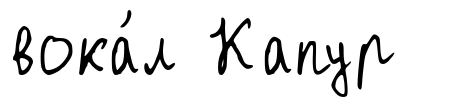
вока́л Капур